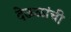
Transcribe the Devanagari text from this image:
देऊळांची